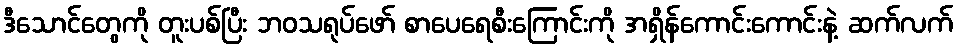
ဒီသောင်တွေကို တူးပစ်ပြီး ဘဝသရုပ်ဖော် စာပေရေစီးကြောင်းကို အရှိန်ကောင်းကောင်းနဲ့ ဆက်လက်